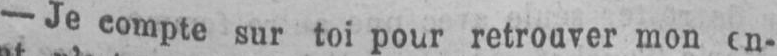
- Jecompte sur toi pour retrouver mon en-